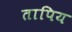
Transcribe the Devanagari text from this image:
तापिय